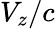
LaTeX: V_{z}/c